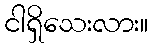
ငါရှိသေးလား။